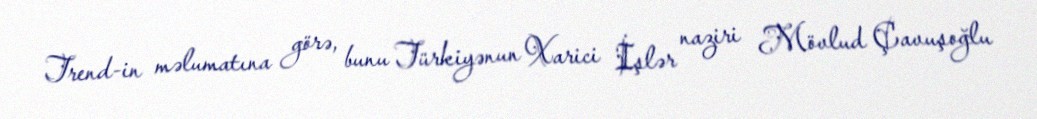
Trend-in məlumatına görə, bunu Türkiyənun Xarici İşlər naziri Mövlud Çavuşoğlu